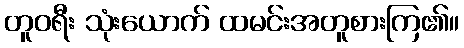
တူဝရီး သုံးယောက် ထမင်းအတူစားကြ၏။